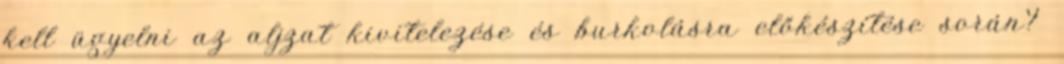
kell ügyelni az aljzat kivitelezése és burkolásra előkészítése során?